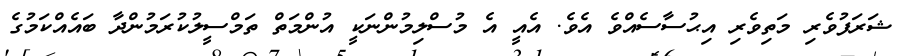
ޝަރަފުވެރި މަތިވެރި އިޙުސާސެއްވެ އެވެ. އެއީ އެ މުސްލިމުންނަކީ އުންމަތް ތަމްސީލުކުރަމުންދާ ބައެއްކަމުގެ